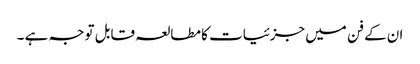
ان کے فن میں جزئیات کا مطالعہ قابل توجہ ہے ۔